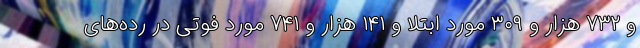
و ۷۳۲ هزار و ۳۰۹ مورد ابتلا و ۱۴۱ هزار و ۷۴۱ مورد فوتی در رده‌های